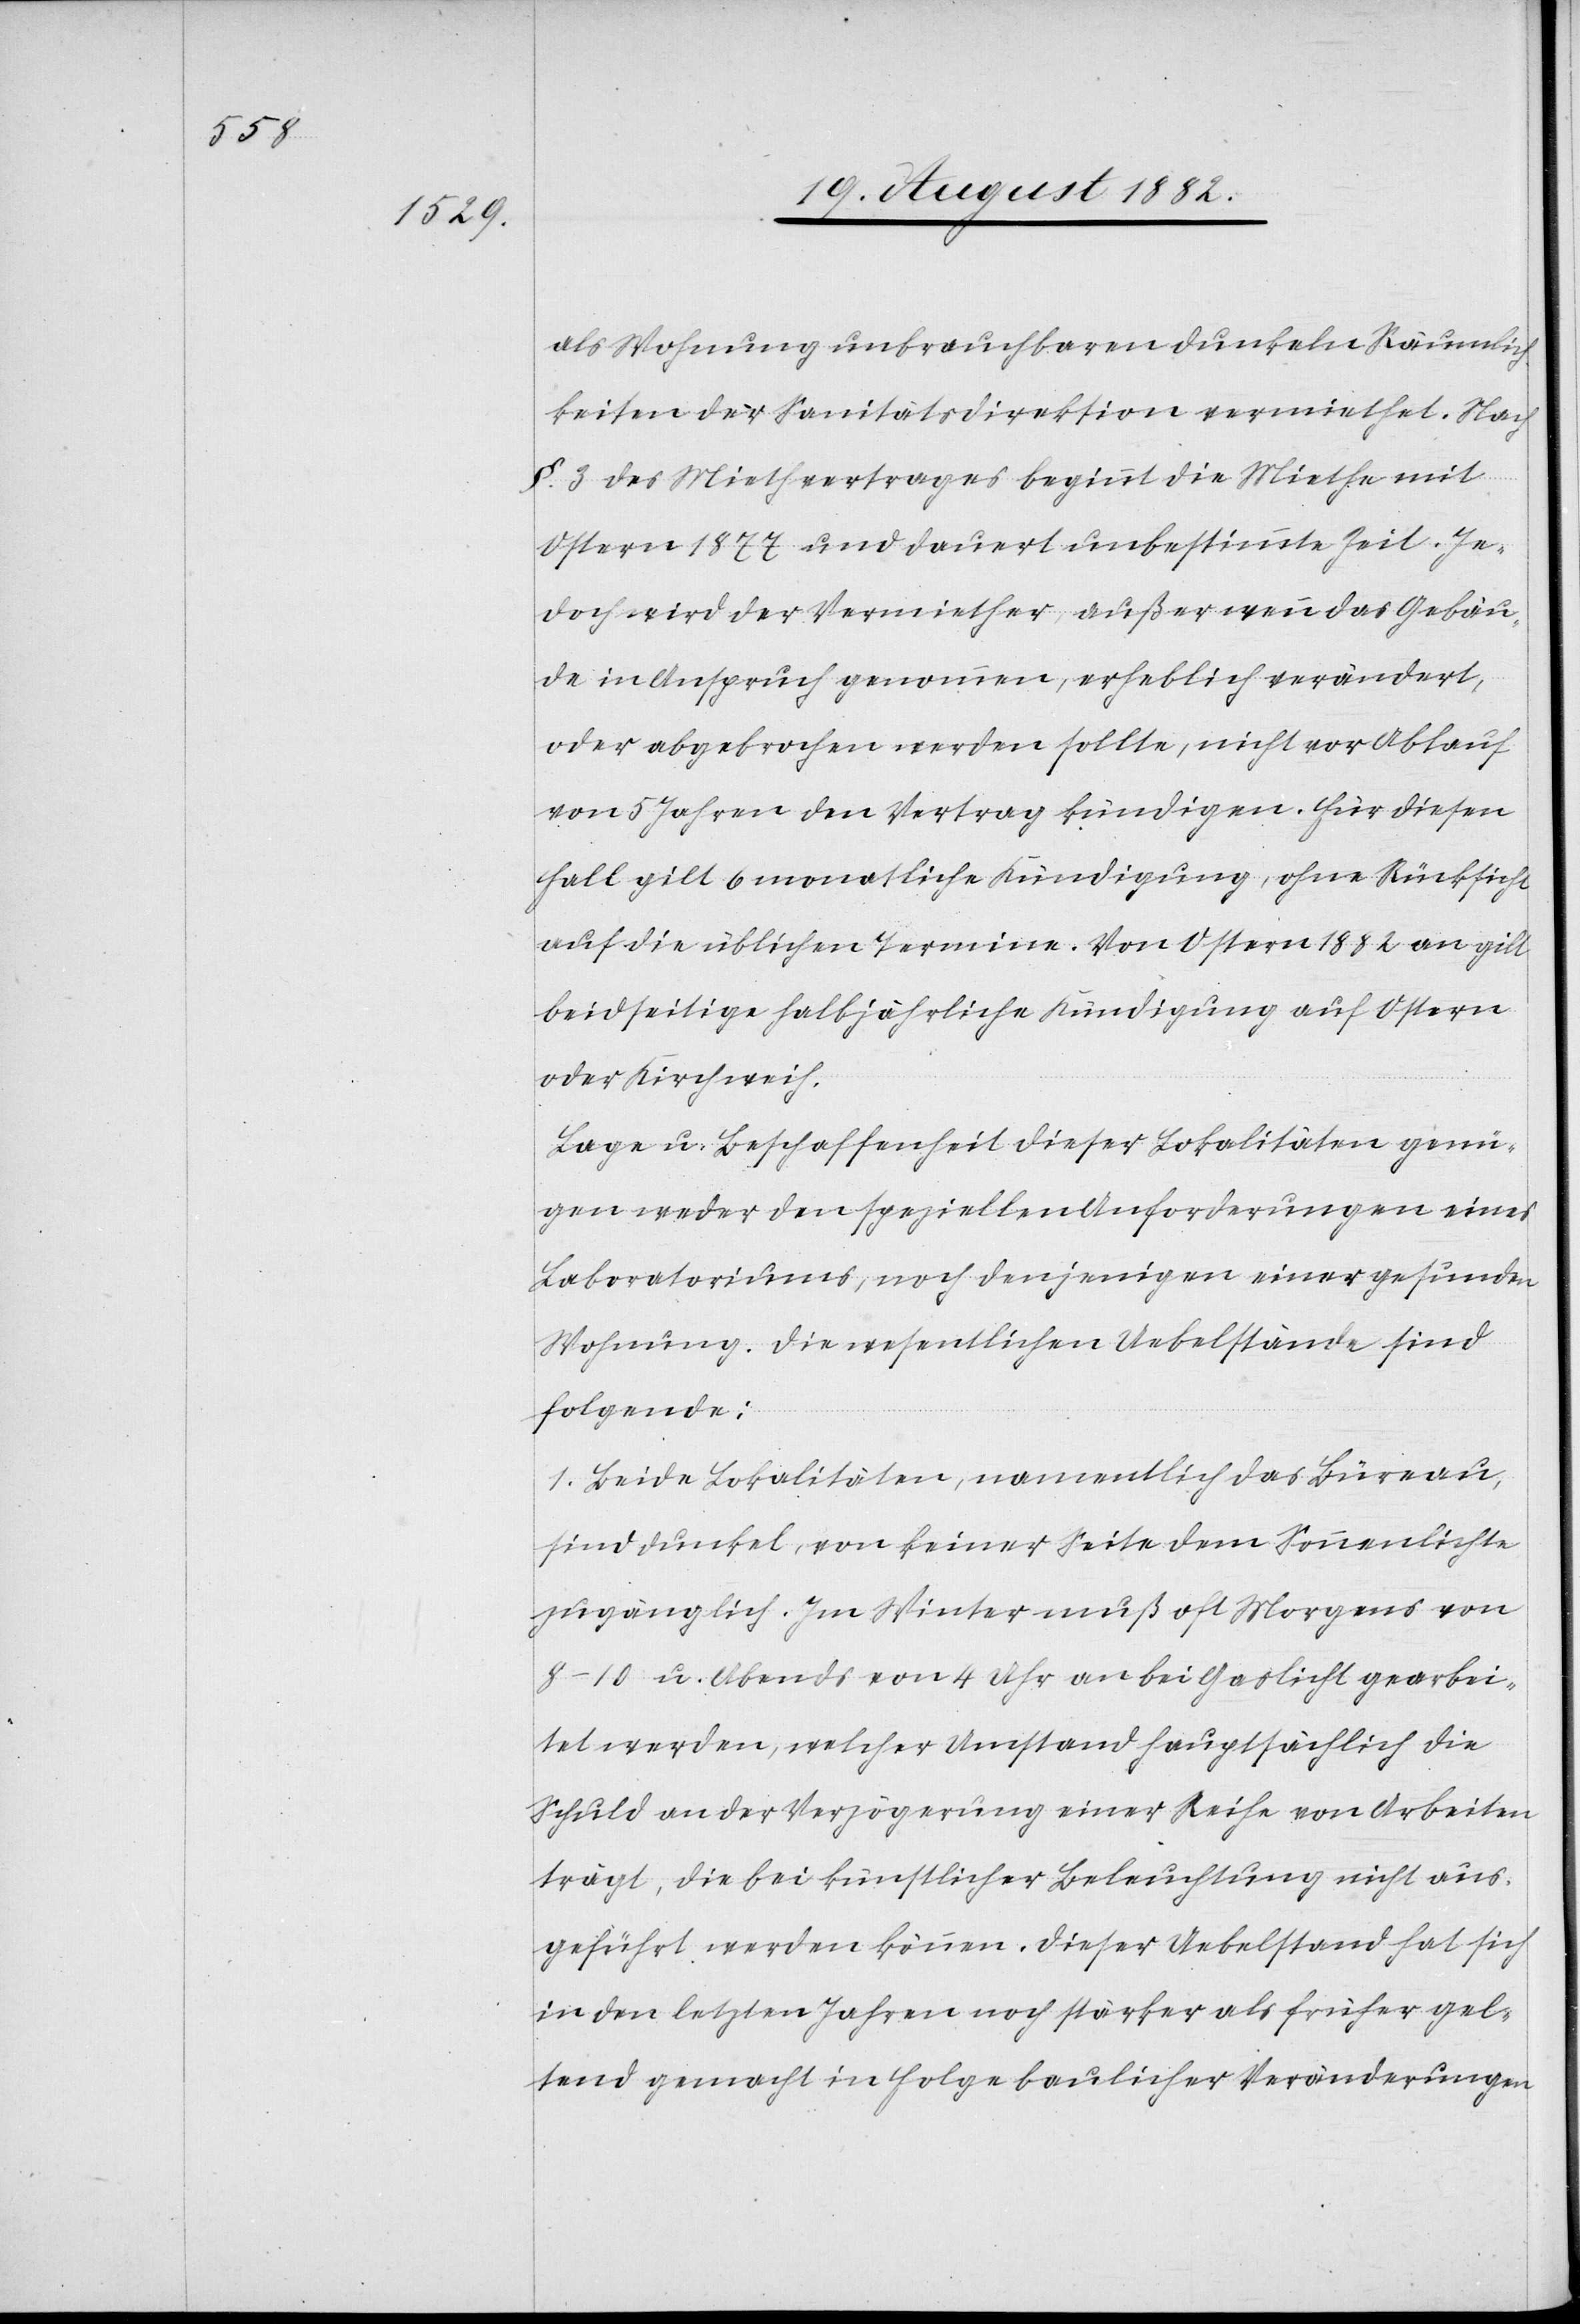
als Wohnung unbrauchbaren dunkeln Räumlich¬
keiten der Sanitätsdirektion vermiethet. Nach
§. 3 des Miethvertrages beginnt die Miethe mit
Ostern 1877 und dauert unbestimmte Zeit. Je¬
doch wird der Vermiether, außer wenn das Gebäu¬
de in Anspruch genommen, erheblich verändert,
oder abgebrochen werden sollte, nicht vor Ablauf
von 5 Jahren den Vertrag kündigen. Für diesen
Fall gilt 6 monatliche Kündigung, ohne Rücksicht
auf die üblichen Termine. Von Ostern 1882 an gilt
beidseitige halbjährliche Kündigung auf Ostern
oder Kirchweih.
Lage u. Beschaffenheit dieser Lokalitäten genü¬
gen weder den speziellen Anforderungen eines
Laboratoriums, noch denjenigen einer gesunden
Wohnung. Die wesentlichen Uebelstände sind
folgende:
1. Beide Lokalitäten, namentlich das Büreau
sind dunkel, von keiner Seite dem Sonnenlichte
zugänglich. Im Winter muß oft Morgens von
8–10 u. Abends von 4 Uhr an bei Gaslicht gearbei¬
tet werden, welcher Umstand hauptsächlich die
Schuld an der Verzögerung einer Reihe von Arbeiten
trägt, die bei künstlicher Beleuchtung nicht aus¬
geführt werden können. Dieser Uebelstand hat sich
in den letzten Jahren noch stärker als früher gel¬
tend gemacht in Folge baulicher Veränderungen